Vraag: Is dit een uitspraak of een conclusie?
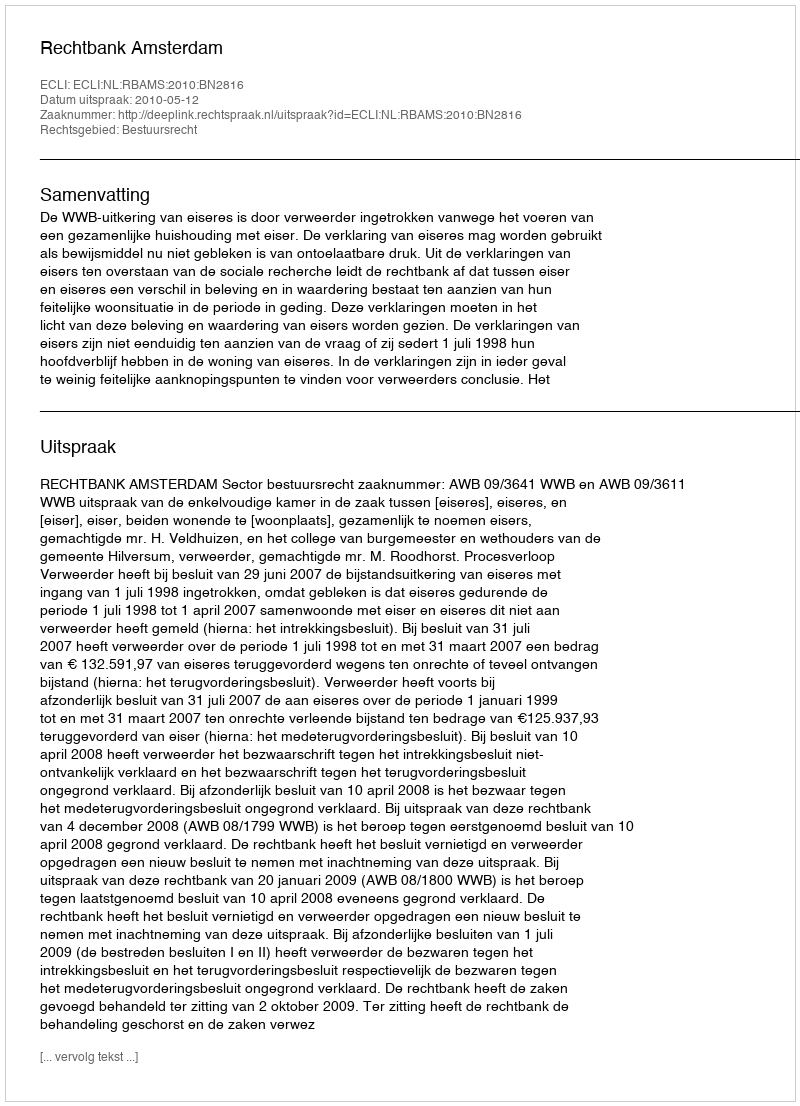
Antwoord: Uitspraak